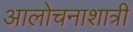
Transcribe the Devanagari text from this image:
आलोचनाशात्री